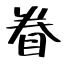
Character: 眷